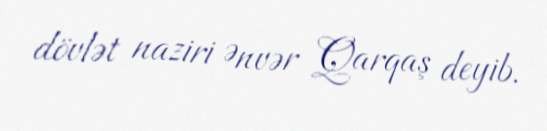
dövlət naziri Ənvər Qarqaş deyib.